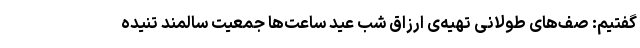
گفتیم: صف‌های طولانی تهیه‌ی ارزاق شب عید ساعت‌ها جمعیت سالمند تنیده